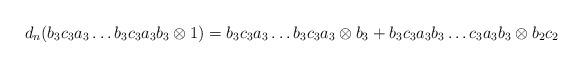
LaTeX: \begin{align*}d_n(b_3c_3a_3 \dots b_3c_3a_3b_3 \otimes 1) = b_3c_3a_3 \dots b_3c_3a_3 \otimes b_3 + b_3c_3a_3b_3 \dots c_3a_3b_3 \otimes b_2c_2\end{align*}